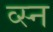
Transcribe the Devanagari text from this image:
व्स्न